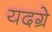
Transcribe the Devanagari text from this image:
यदग्रे